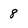
Character: 8